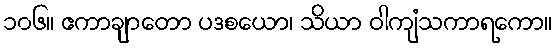
၁၀၆။ ဧကာချာတော ပဒစယော၊ သိယာ ဝါကျံသကာရကော။